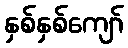
နှစ်နှစ်ကျော်